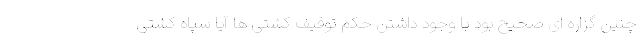
چنین گزاره ای صحیح بود با وجود داشتن حکم توقیف کشتی ها آیا سپاه کشتی